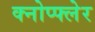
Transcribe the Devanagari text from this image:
क्नोप्फ्लेर